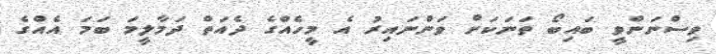
ވިސްނަންވީ ބައިބޯ ތަނަކަށް ވަންނައިރު އެ މީހެއްގެ ދެއަތް ދަމާލީމަ ބަމަ އެއްގެ